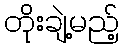
တိုးချဲ့မည့်